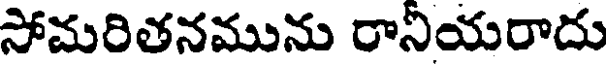
సోమరితనమును రానియరాదు